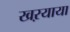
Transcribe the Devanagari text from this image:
खऱयाया